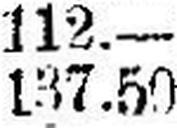
137.50